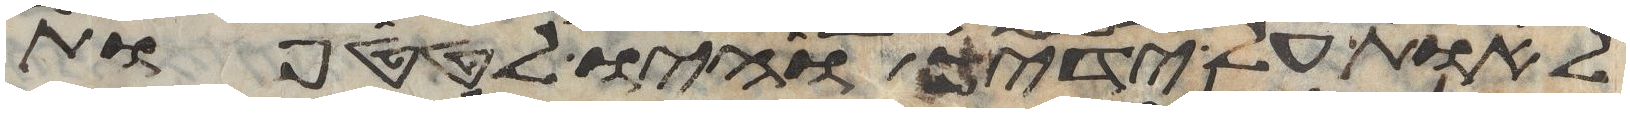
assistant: לאות על ידיך והיו לטטפות